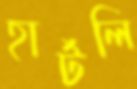
হার্টলি